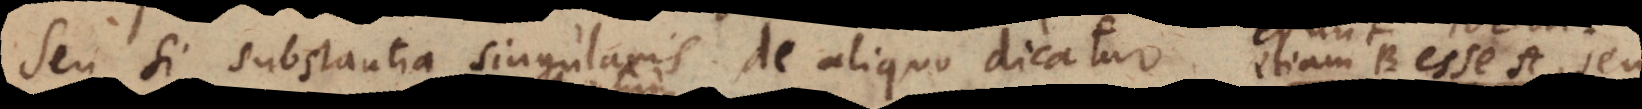
Seu si substantia singularis de aliquo dicatur erunt idem. Nempe